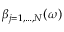
\beta _ { j = 1 , \ldots , N } ( \omega )